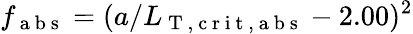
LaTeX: f_{\mathrm{~a~b~s~}}=(a/L_{\mathrm{~T~,~c~r~i~t~,~a~b~s~}}-2.00)^{2}